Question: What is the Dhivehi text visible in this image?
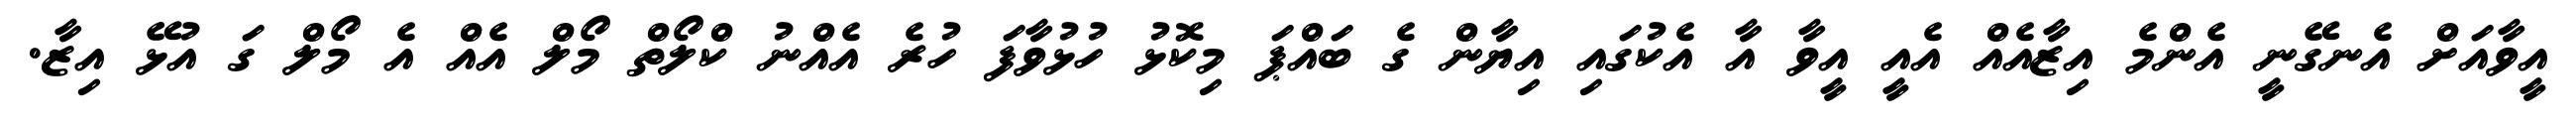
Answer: އީވާއަށް އެނގޭނީ އެންމެ އިޒާއެއް އެއީ އީވާ އާ އެކުގައި އިޔާން ގެ ބައްޕަ މިކޮޅު ހުޅުވާފަ ހުރެ އެއްނު ކްލޯތް މޯލް އެއް އެ މޯލް ގަ އުޅޭ އިޒާ.